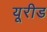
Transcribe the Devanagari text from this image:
यूरीड